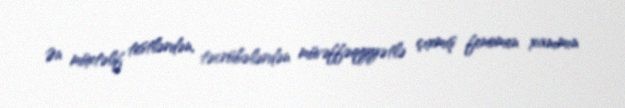
Ən müxtəlif testlərdən, təcrübələrdən müvəffəqiyyətlə çıxmış fenomen xanımın